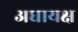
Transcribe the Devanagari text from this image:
अधायक्ष